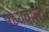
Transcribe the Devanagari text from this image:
मध्यवाली